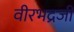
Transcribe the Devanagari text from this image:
वीरभद्रजी